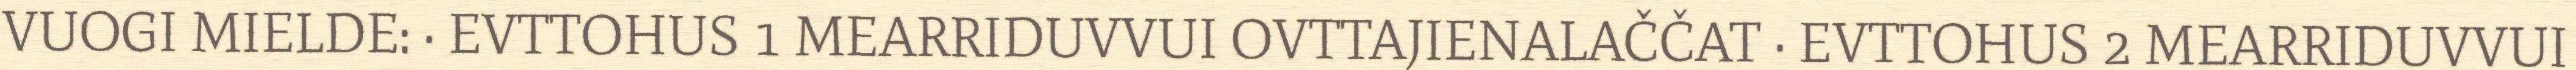
VUOGI MIELDE: · EVTTOHUS 1 MEARRIDUVVUI OVTTAJIENALAČČAT · EVTTOHUS 2 MEARRIDUVVUI